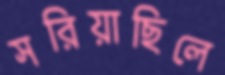
সরিয়াছিলে